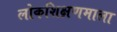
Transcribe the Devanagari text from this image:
लोकशिक्षणमाला